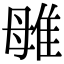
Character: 𨾥